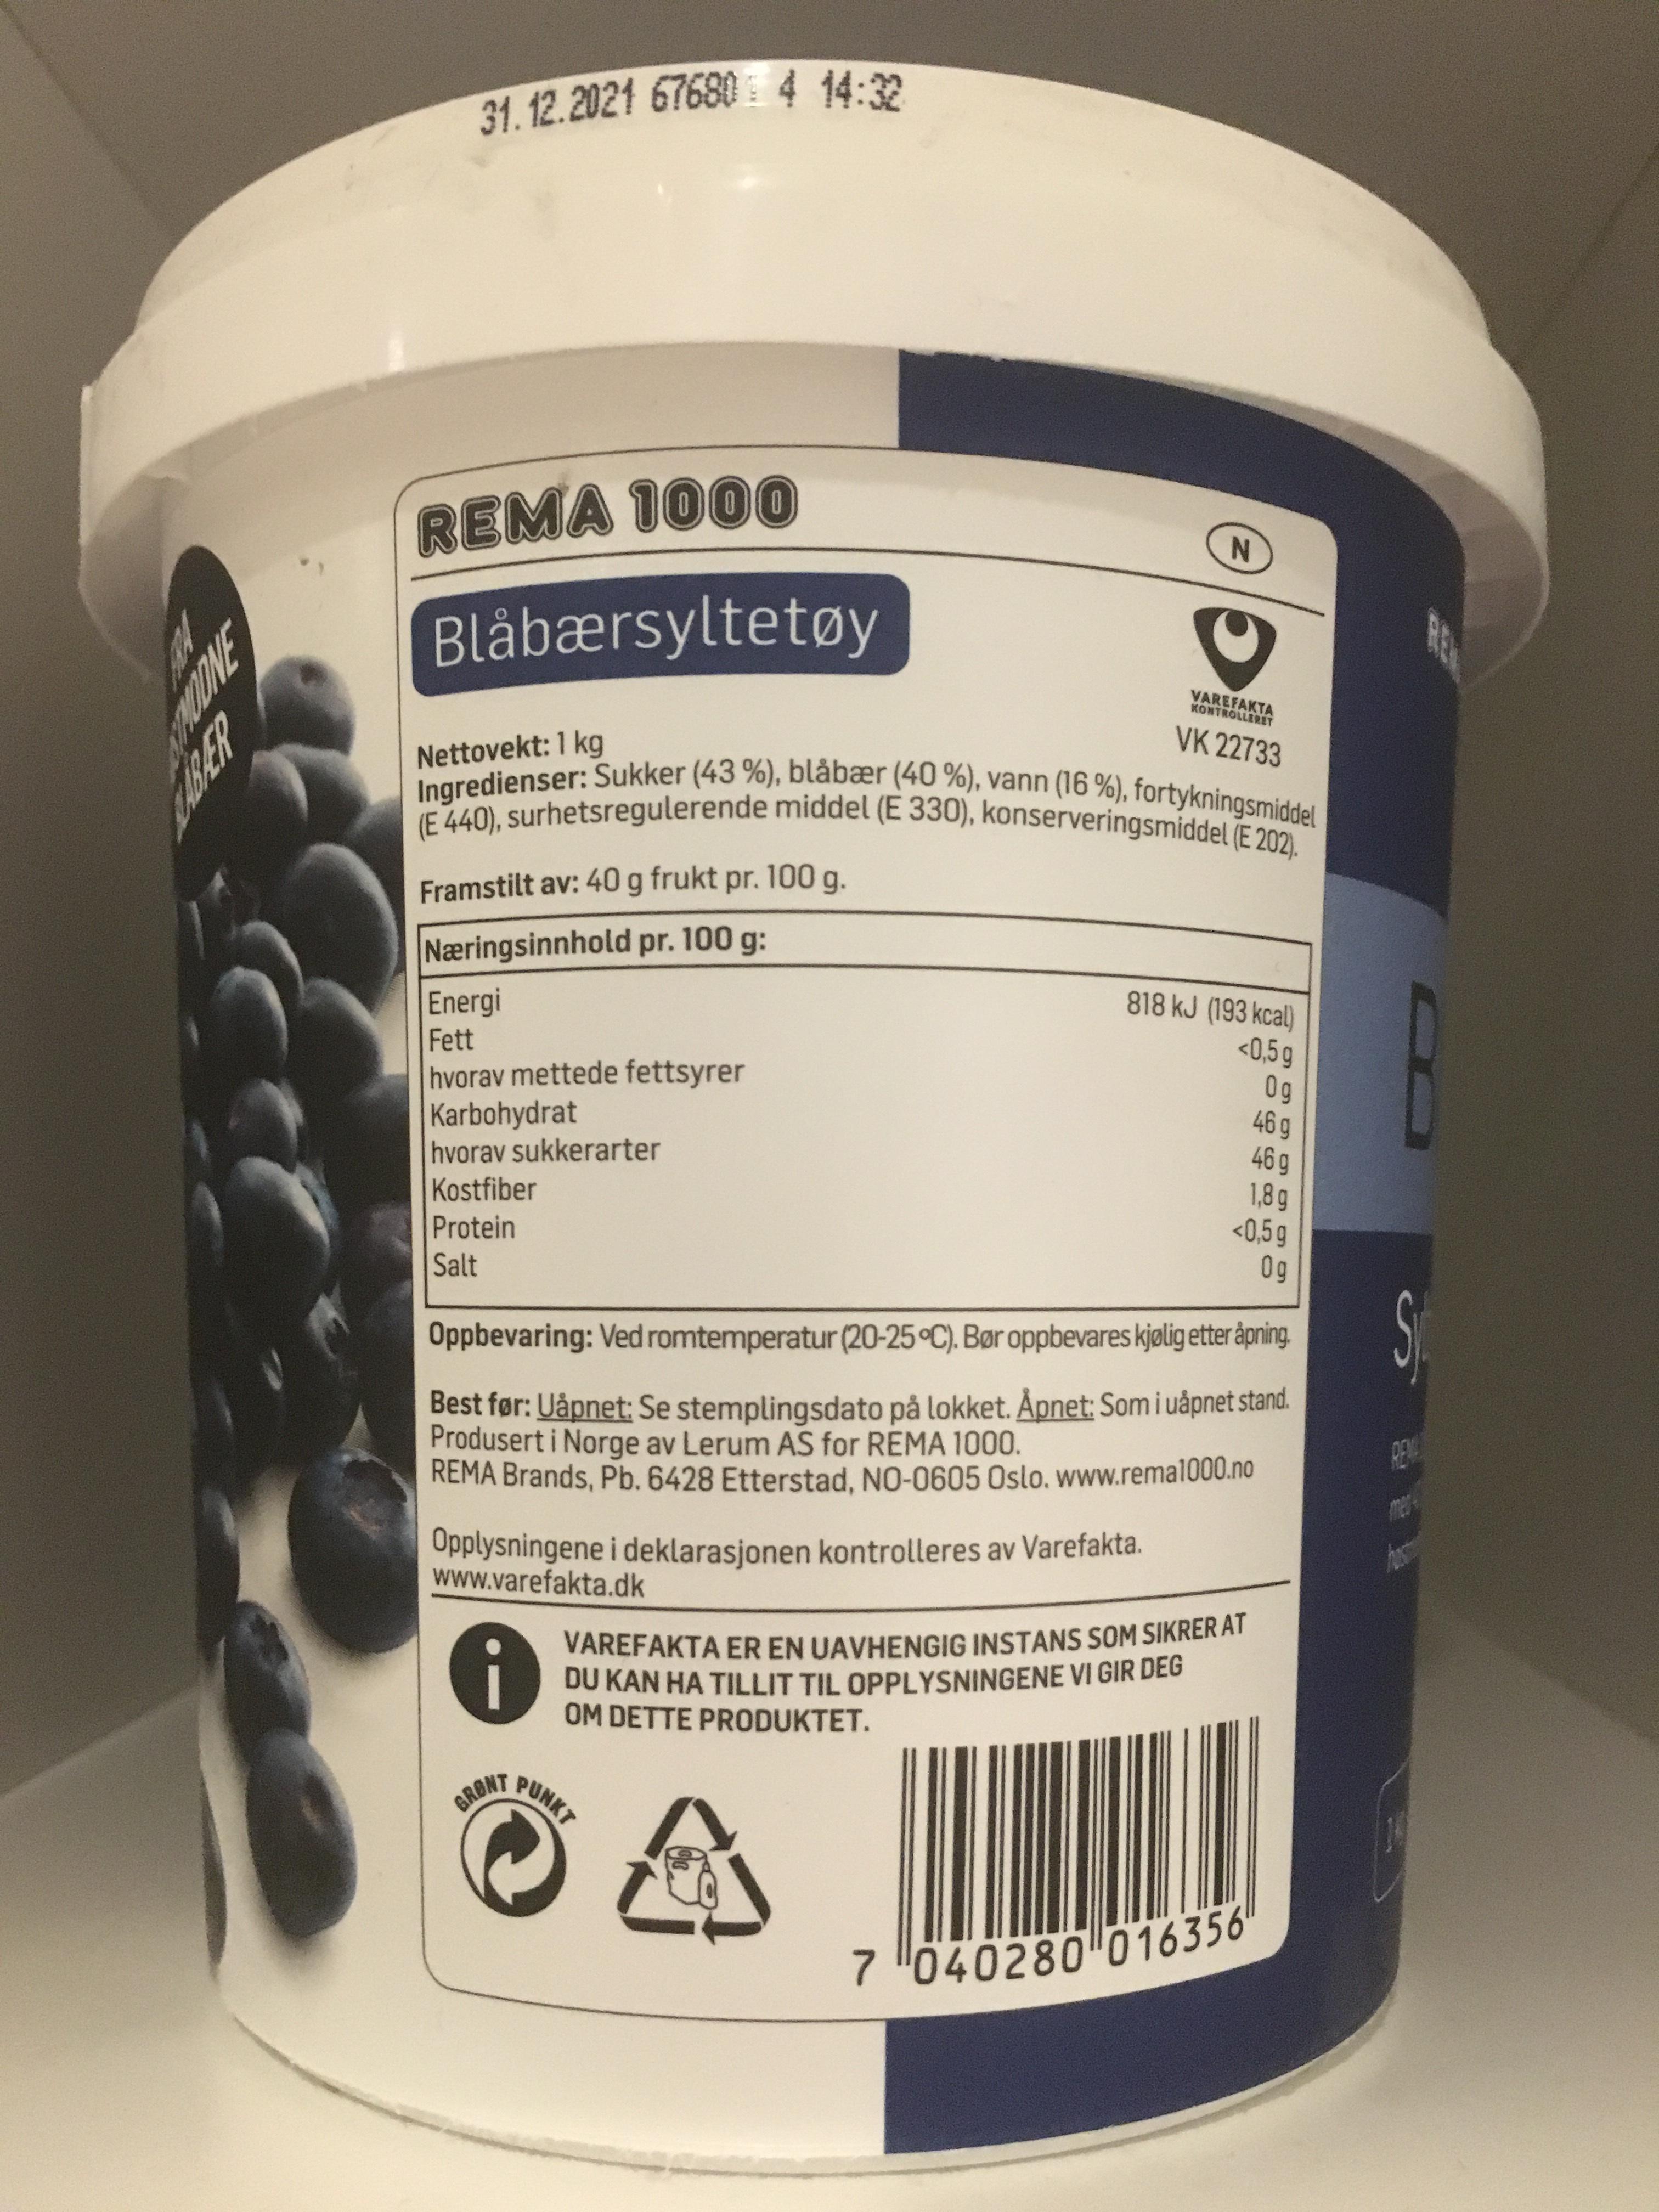
(E 440), surhetsregulerende middel (E 330), konserveringsmiddel (E 202).
31. 12.2021 67680 4 14:32
Ingredienser: Sukker (43 %), blåbær (40 %), vann (16 %), fortykningsmiddel
REMA 1000
REN
Blåbærsyltetøy
VAREFAKTA KONTROLLERET
VK 22733
Nettovekt: 1 kg
Framstilt av: 40 g frukt pr. 100 g.
Næringsinnhold pr. 100 g:
818 kJ (193 kcal)
Energi Fett
hvorav mettede fettsyrer Karbohydrat hvorav sukkerarter Kostfiber
<0,5g 0g 46 g 46 g 1,8g <0,5g
Protein
0g
Si
Salt
Oppbevaring: Vedromtemperatur (20-25°C). Bør oppbevares kjølig etter åpning.
Best før: Uåpnet: Se stemplingsdato på lokket. Åpnet: Som i uåpnet stand. Produsert i Norge av Lerum AS for REMA 1000. REMA Brands, Pb. 6428 Etterstad, NO-0605 Oslo. www.remal000.no
REM
Opplysningene i deklarasjonen kontrolleres av Varefakta. www.varefakta.dk
VAREFAKTA ER EN UAVHENGIG INSTANS SOM SIKRER AT DU KAN HA TILLIT TIL OPPLYSNINGENE VI GIR DEG OM DETTE PRODUKTET.
GRONT PUNKT
7 040280 016356
898